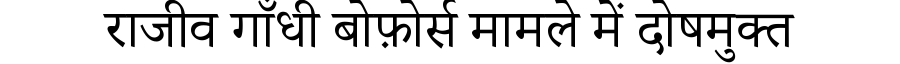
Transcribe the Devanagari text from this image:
राजीव गाँधी बोफ़ोर्स मामले में दोषमुक्त